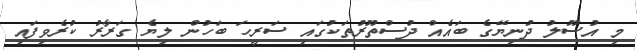
މި އުސޫލު ދުނިޔޭގެ ބައެއް ދުސްތޫރުތަކުގައި ސަރީހަ ބަހުން ލިޔެ ގަރާރު ކުރެވިފައި